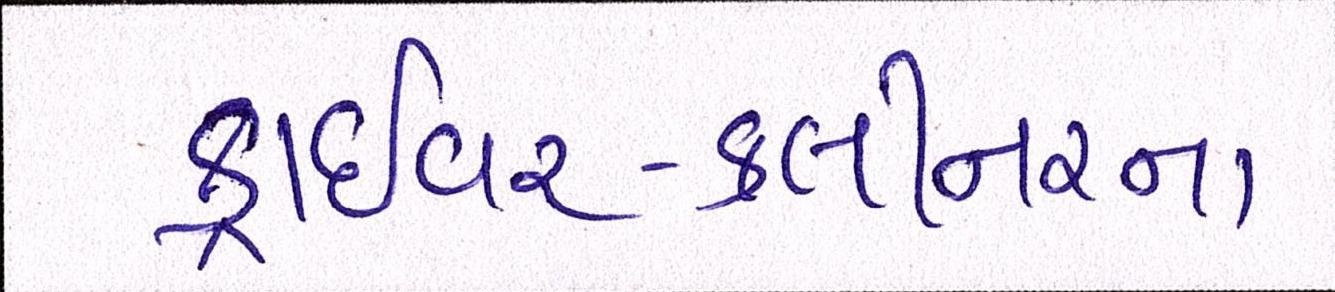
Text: ડ્રાઈવર-ક્લીનરનાં